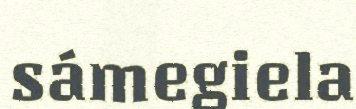
sámegiela